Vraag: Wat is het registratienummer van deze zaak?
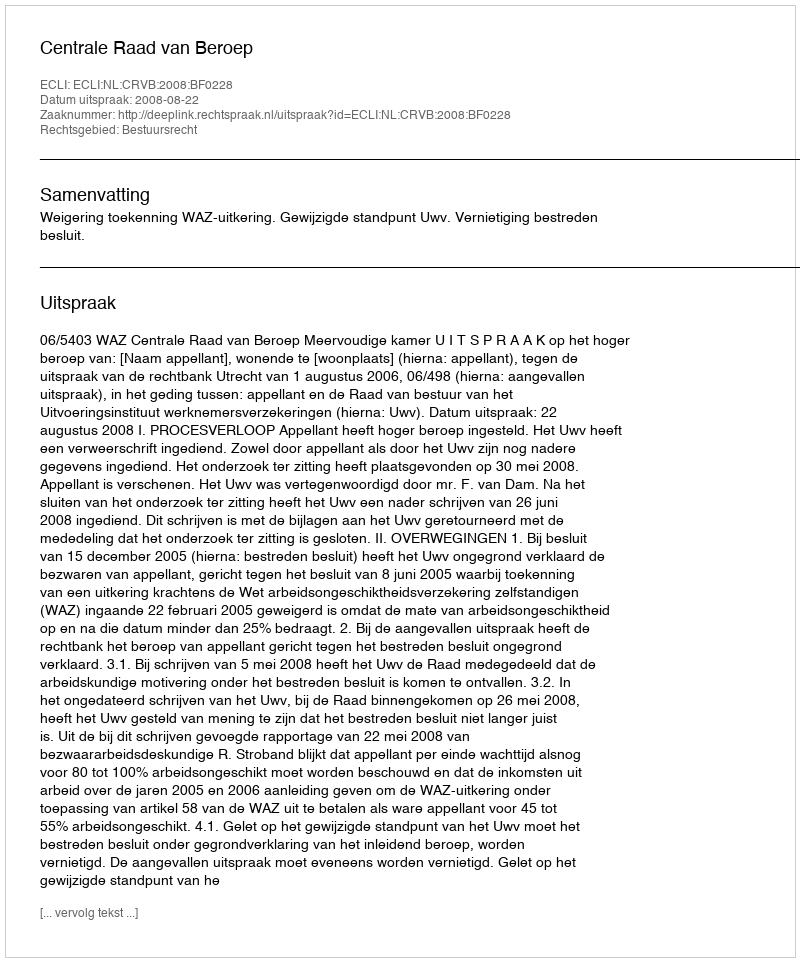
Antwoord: http://deeplink.rechtspraak.nl/uitspraak?id=ECLI:NL:CRVB:2008:BF0228